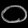
Digit: ၀